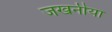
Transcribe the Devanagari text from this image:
जखनीया